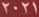
2021